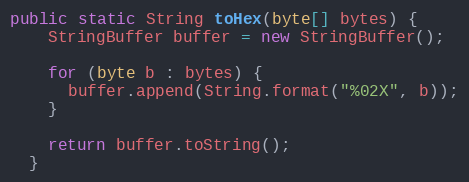
Language: Java
public static String toHex(byte[] bytes) {
    StringBuffer buffer = new StringBuffer();

    for (byte b : bytes) {
      buffer.append(String.format("%02X", b));
    }

    return buffer.toString();
  }